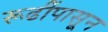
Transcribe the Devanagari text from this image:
रूढींपासून